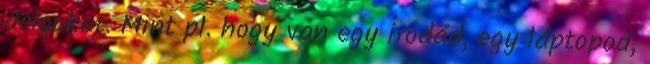
dolgokat. Mint pl. hogy van egy irodád, egy laptopod,